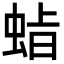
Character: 𮔍